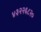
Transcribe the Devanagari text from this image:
४३२२६८२०